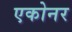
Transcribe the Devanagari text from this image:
एकोनर